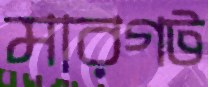
মারগট